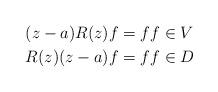
LaTeX: \begin{align*} (z-a)R(z)f&=f f\in V\\ R(z)(z-a)f&=f f\in D \end{align*}